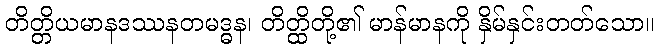
တိတ္တိယမာနဒဿနတမဒ္ဓန၊ တိတ္ထိတို့၏ မာန်မာနကို နှိမ်နှင်းတတ်သော။